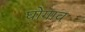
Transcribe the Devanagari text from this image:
घोगाव